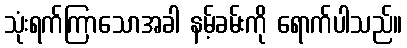
သုံးရက်ကြာသောအခါ နမ့်ခမ်းကို ရောက်ပါသည်။